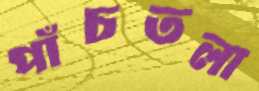
পাঁচতলা